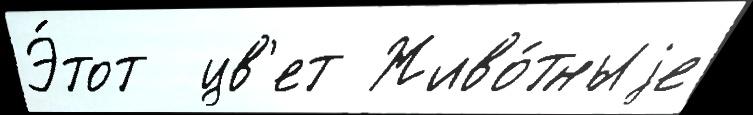
Э́тот  цв'ет Живо́тныjе